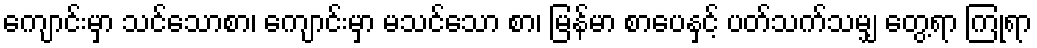
ကျောင်းမှာ သင်သောစာ၊ ကျောင်းမှာ မသင်သော စာ၊ မြန်မာ စာပေနှင့် ပတ်သက်သမျှ တွေ့ရာ ကြုံရာ